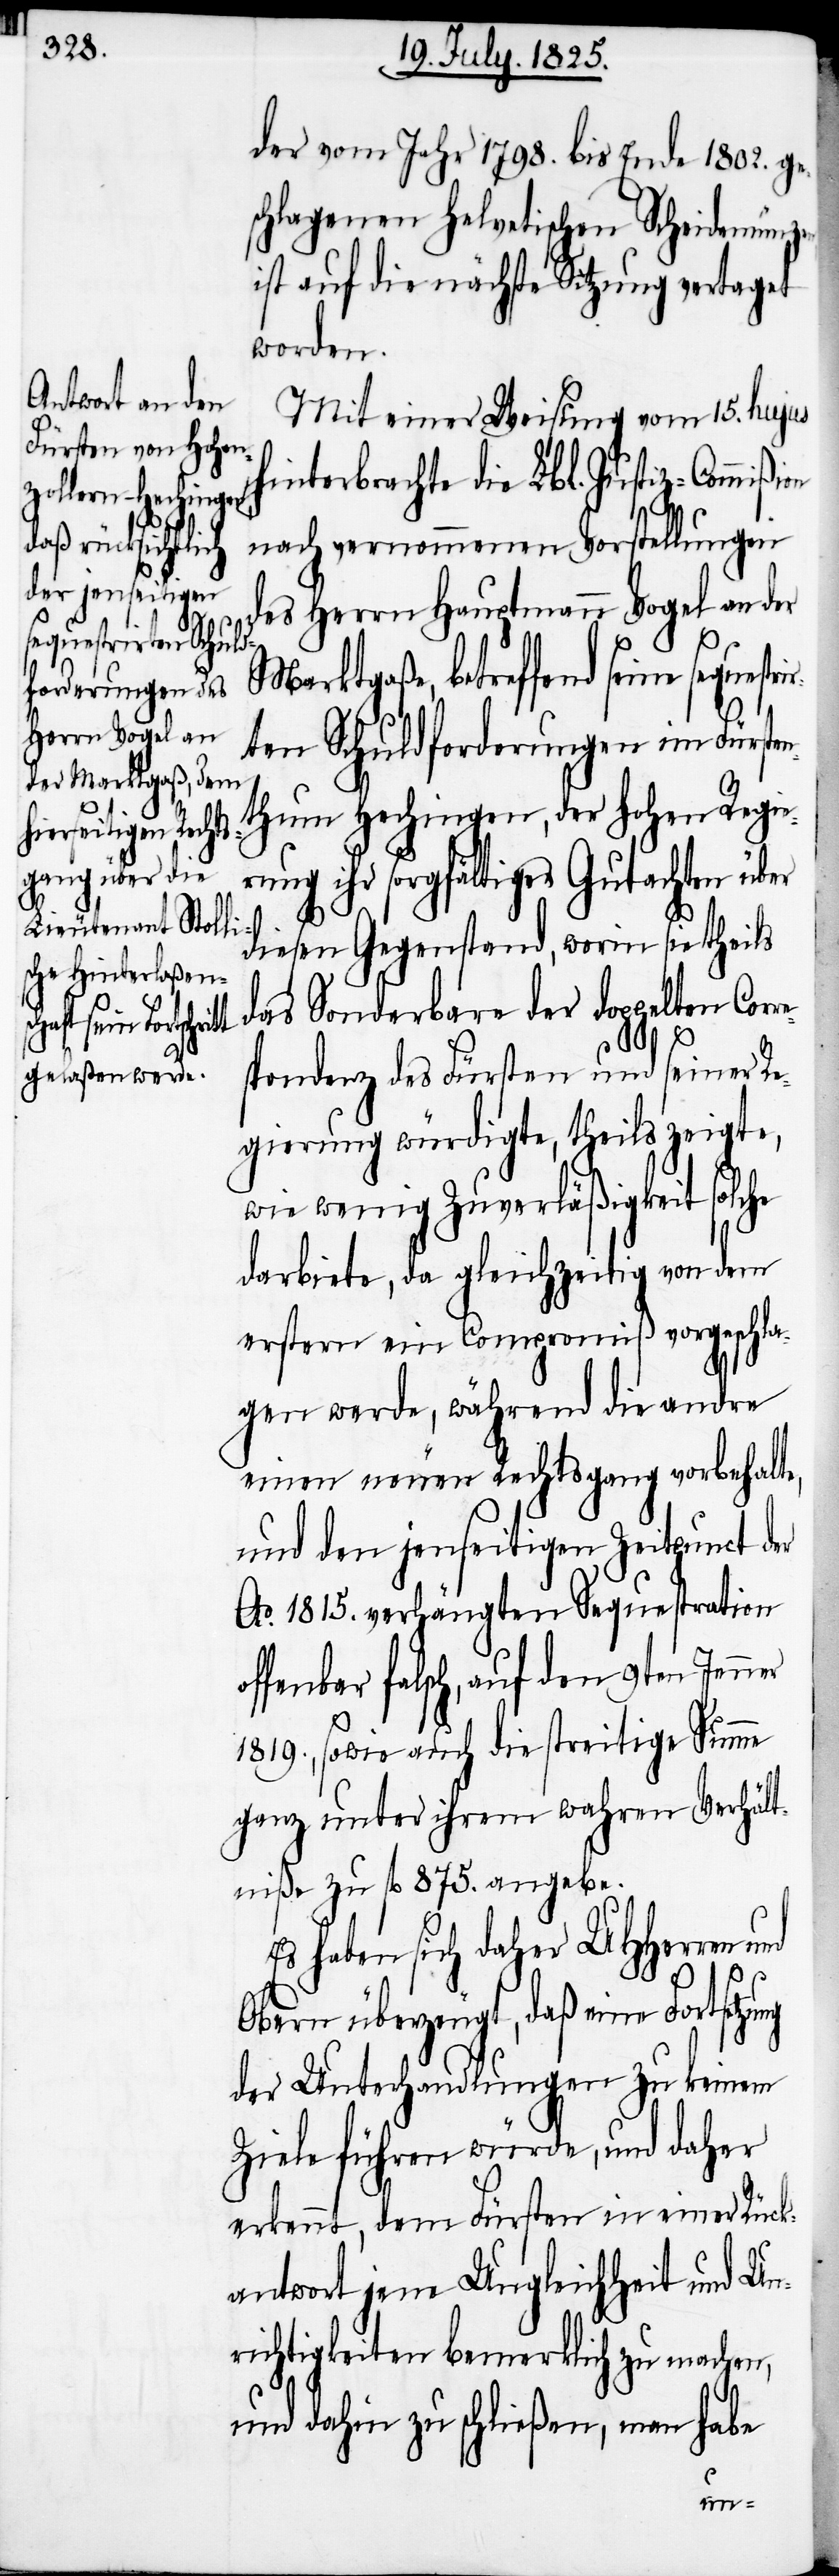
e sequestrir¬

der vom Jahr 1798. bis Ende 1802. ge¬
schlagenen Helvetischen Scheidemünz¬
ist auf die nächste Sitzung vertagt
worden.
Mit einer Weisung vom 15. hujus
hinterbrachte die Lbl. Justiz-Commißi¬
nach vernommenen Vorstellungen
des Herrn Hauptmann Vogel an der
Marktgaße, betreffend sein¬
ten Schuldforderungen im Fürste¬
nthum Hechingen, der hohen Regie¬
rung ihr sorgfältiges Gutachten über
diesen Gegenstand, worin sie theils
das Sonderbare der doppelten Cor¬
pondenz des Fürsten und seiner Re¬
gierung würdigte, theils zeigte,
wie wenig Zuverläßigkeit solche
darbiete, da gleichzeitig von dem
erstern ein Compromiß vorgeschla¬
gen werde, während die andre
einen neuen Rechtsgang vorbehalte,
und den jenseitigen Zeitpunct der
Ao. 1815. verhängten Sequestration
offenbar falsch, auf den 9ten Jenner
1819., sowie auch die streitige Summe
ganz unter ihrem wahren Verhält¬
niße zu fl 875. angebe.
Es haben sich daher UHHerren
und
Obern überzeugt, daß eine Fortsetzung
der Unterhandlungen zu keinem
Ziele führen würde, und daher
erkennt, dem Fürsten in einer Rück¬
antwort jene Ungleichheit und Un¬
richtigkeit bemerklich zu machen,
und dahin zu schließen, man habe
on